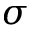
\sigma